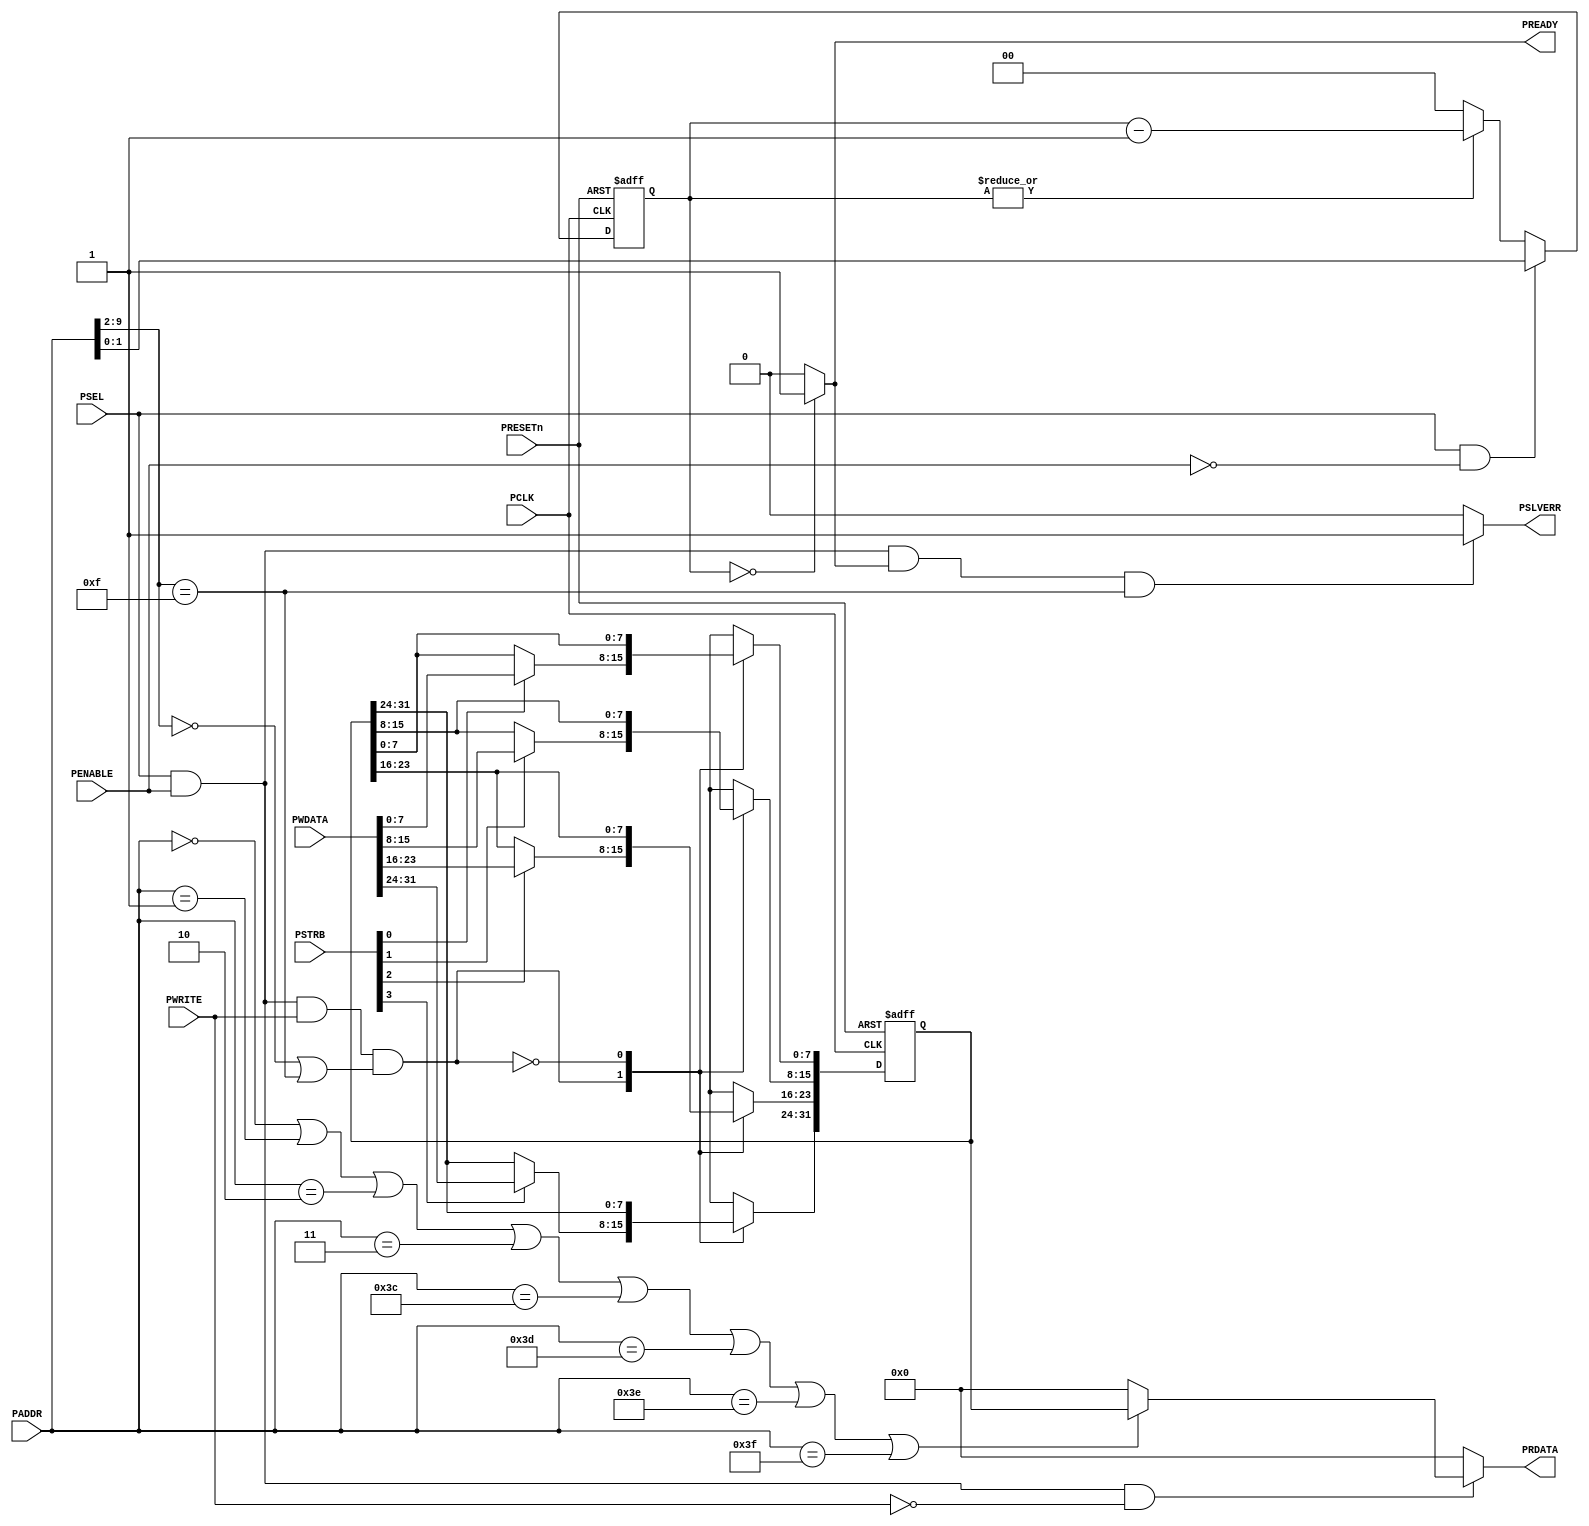
//------------------------------------------------------------------------------
// The confidential and proprietary information contained in this file may
// only be used by a person authorised under and to the extent permitted
// by a subsisting licensing agreement from ARM Limited.
//
//            (C) COPYRIGHT 2010-2015  ARM Limited or its affiliates.
//                ALL RIGHTS RESERVED
//
// This entire notice must be reproduced on all copies of this file
// and copies of this file may only be made by a person if such person is
// permitted to do so under the terms of a subsisting license agreement
// from ARM Limited.
//
//  Version and Release Control Information:
//
//  File Revision       : $Revision: 275084 $
//  File Date           : $Date: 2014-03-27 15:09:11 +0000 (Thu, 27 Mar 2014) $
//
//  Release Information : Cortex-M0 DesignStart-r1p0-00rel0
//------------------------------------------------------------------------------
// Verilog-2001 (IEEE Std 1364-2001)
//------------------------------------------------------------------------------
//
//------------------------------------------------------------------------------
// Abstract : APB test slave for testing of wait state and error response in
//            the APB subsystem. For validation purpose only.
//------------------------------------------------------------------------------
// Programmer's model
//  0x000   R/W    Data0[31:0], 0 wait state (2 cycles transfer)
//  0x004   R/W    Data0[31:0], 1 wait state (3 cycles transfer)
//  0x008   R/W    Data0[31:0], 2 wait states (4 cycles transfer)
//  0x00C   R/W    Data0[31:0], 3 wait states (5 cycles transfer)
//
//  0x0F0   R/W    Data0[31:0], 0 wait state, error response
//  0x0F4   R/W    Data0[31:0], 1 wait state, error response
//  0x0F8   R/W    Data0[31:0], 2 wait states, error response
//  0x0FC   R/W    Data0[31:0], 3 wait states, error response
//
//  other addresses : read zero, write ignored
//

module cmsdk_apb_test_slave(
  // IO declaration
  input  wire                    PCLK,     // clock
  input  wire                    PRESETn,  // reset

  // APB interface inputs
  input  wire                    PSEL,
  input  wire [11:2]             PADDR,
  input  wire                    PENABLE,
  input  wire                    PWRITE,
  input  wire [31:0]             PWDATA,
  input  wire [3:0]              PSTRB,

  // APB interface outputs
  output wire  [31:0]            PRDATA,
  output wire                    PREADY,
  output wire                    PSLVERR);

//------------------------------------------------------------------------------
// internal wires
//------------------------------------------------------------------------------
  reg   [31:0]              reg_data0;  // data register
  reg   [31:0]              nxt_data0;
  reg   [ 1:0]              reg_wait_counter; // wait state counter
  reg   [ 1:0]              nxt_wait_counter;
  wire  [31:0]              read_data_mux;

//------------------------------------------------------------------------------
// Main code
//------------------------------------------------------------------------------
  // Data register
  always @(PSEL or PENABLE or PWRITE or PWDATA or PSTRB or PADDR or
    reg_data0)
    begin
    case (PSEL & PENABLE & PWRITE & ((PADDR[11:4]==8'h00)|(PADDR[11:4]==8'h0F)))
     1'b1:
      begin
      nxt_data0[ 7: 0] = (PSTRB[0]) ? PWDATA[ 7: 0] : reg_data0[ 7: 0];
      nxt_data0[15: 8] = (PSTRB[1]) ? PWDATA[15: 8] : reg_data0[15: 8];
      nxt_data0[23:16] = (PSTRB[2]) ? PWDATA[23:16] : reg_data0[23:16];
      nxt_data0[31:24] = (PSTRB[3]) ? PWDATA[31:24] : reg_data0[31:24];
      end
     1'b0:
      nxt_data0 = reg_data0;
     default:
      nxt_data0 = {32{1'bx}};
    endcase
    end

  // register data register
  always @(posedge PCLK or negedge PRESETn)
    begin
    if (~PRESETn)
      reg_data0 <= {32{1'b0}};
    else
      reg_data0 <= nxt_data0;
    end

  // Read data multiplexer
  assign read_data_mux = ((PADDR[11:2] == 10'b0000_0000_00) |
                          (PADDR[11:2] == 10'b0000_0000_01) |
                          (PADDR[11:2] == 10'b0000_0000_10) |
                          (PADDR[11:2] == 10'b0000_0000_11) |
                          (PADDR[11:2] == 10'b0000_1111_00) |
                          (PADDR[11:2] == 10'b0000_1111_01) |
                          (PADDR[11:2] == 10'b0000_1111_10) |
                          (PADDR[11:2] == 10'b0000_1111_11) ) ? reg_data0 : {32{1'b0}};

  // Wait counter
  always @(PSEL or PENABLE or PADDR or reg_wait_counter)
    begin
    if (PSEL & (~PENABLE)) // Set counter at first cycle of APB transfer
      nxt_wait_counter = PADDR[3:2];
    else if  (|reg_wait_counter) // Decrement after 1st cycle
      nxt_wait_counter = reg_wait_counter - 2'b01;
    else // Idle
      nxt_wait_counter = 2'b00;
    end

  // register wait counter
  always @(posedge PCLK or negedge PRESETn)
    begin
    if (~PRESETn)
      reg_wait_counter <= 2'b00;
    else
      reg_wait_counter <= nxt_wait_counter;
    end

  assign PREADY = (reg_wait_counter==2'b00) ?  1'b1 : 1'b0;

  // Error response
  assign PSLVERR = (PSEL & PENABLE & PREADY & (PADDR[11:4]==8'h0F)) ? 1'b1 : 1'b0;

  assign PRDATA  = (PSEL & PENABLE & (~PWRITE)) ? read_data_mux : {32{1'b0}};

endmodule